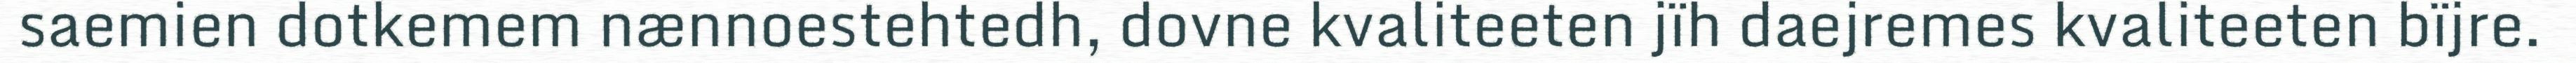
saemien dotkemem nænnoestehtedh, dovne kvaliteeten jïh daejremes kvaliteeten bïjre.